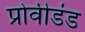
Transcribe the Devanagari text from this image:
प्रोवीडंड